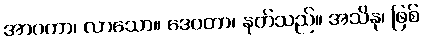
အာဂတာ၊ လာသော။ ဒေဝတာ၊ နတ်သည်။ အသိနု၊ ဖြစ်